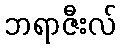
ဘရာဇီးလ်